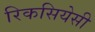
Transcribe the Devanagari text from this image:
रिकसियेसी